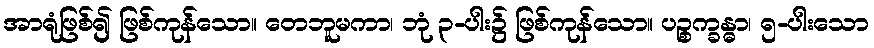
အာရုံဖြစ်၍ ဖြစ်ကုန်သော။ တေဘူမကာ၊ ဘုံ ၃-ပါး၌ ဖြစ်ကုန်သော။ ပဉ္စက္ခန္ဓာ၊ ၅-ပါးသော